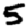
Digit: 5